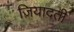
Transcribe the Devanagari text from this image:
ज़ियादती